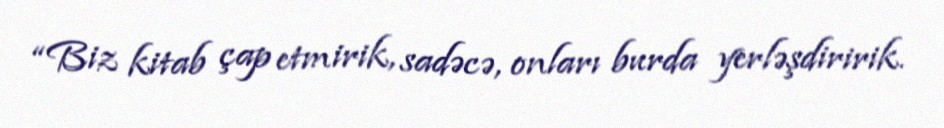
“Biz kitab çap etmirik, sadəcə, onları burda yerləşdiririk.